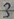
Text: 3